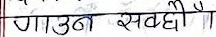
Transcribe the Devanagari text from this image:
गाउँनै सम्बन्धी